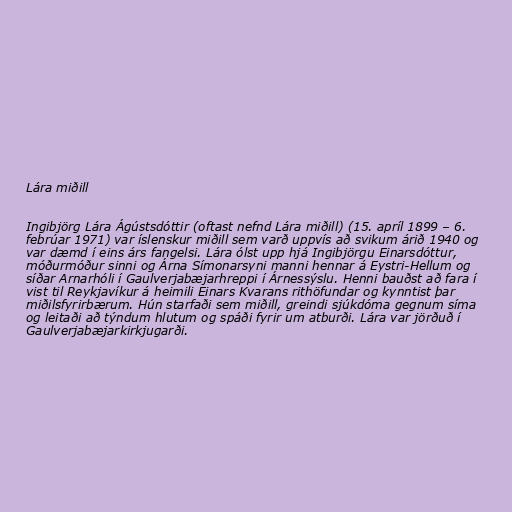
Lára miðill

Ingibjörg Lára Ágústsdóttir (oftast nefnd Lára miðill) (15. apríl 1899 – 6.
febrúar 1971) var íslenskur miðill sem varð uppvís að svikum árið 1940 og
var dæmd í eins árs fangelsi. Lára ólst upp hjá Ingibjörgu Einarsdóttur,
móðurmóður sinni og Árna Símonarsyni manni hennar á Eystri-Hellum og
síðar Arnarhóli í Gaulverjabæjarhreppi í Árnessýslu. Henni bauðst að fara í
vist til Reykjavíkur á heimili Einars Kvarans rithöfundar og kynntist þar
miðilsfyrirbærum. Hún starfaði sem miðill, greindi sjúkdóma gegnum síma
og leitaði að týndum hlutum og spáði fyrir um atburði. Lára var jörðuð í
Gaulverjabæjarkirkjugarði.